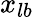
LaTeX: x_{lb}